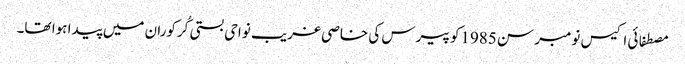
مصطفائی اکیس نومبر سن 1985کو پیرس کی خاصی غریب نواحی بستی کُرکوران میں پیدا ہوا تھا۔